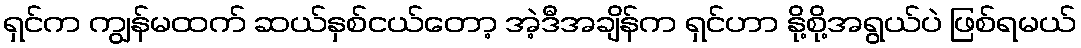
ရှင်က ကျွန်မထက် ဆယ်နှစ်ငယ်တော့ အဲ့ဒီအချိန်က ရှင်ဟာ နို့စို့အရွယ်ပဲ ဖြစ်ရမယ်